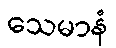
သေမာနံ